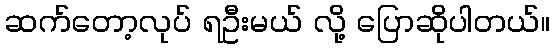
ဆက်တော့လုပ် ရဦးမယ် လို့ ပြောဆိုပါတယ်။